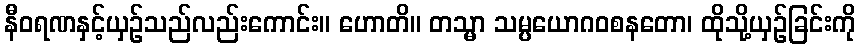
နီဝရဏနှင့်ယှဉ်သည်လည်းကောင်း။ ဟောတိ။ တသ္မာ သမ္ပယောဂဝစနတော၊ ထိုသို့ယှဉ်ခြင်းကို